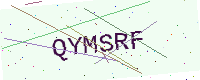
Text: QYMSRF